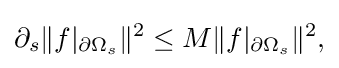
\displaystyle {\partial _{s}\|f|_{\partial \Omega _{s}}\|^{2}\leq M\|f|_{\partial \Omega _{s}}\|^{2},}